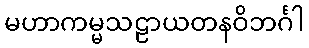
မဟာကမ္မသဠာယတနဝိဘင်္ဂါ